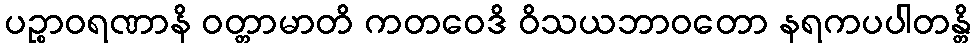
ပဉ္စာဝရဏာနိ ဝတ္တာမာတိ ကတဝေဒိ ဝိသယဘာဝတော နရကပပါတန္တိ